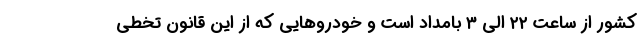
کشور از ساعت ۲۲ الی ۳ بامداد است و خودروهایی که از این قانون تخطی